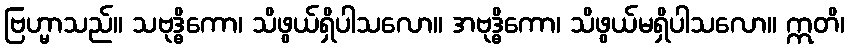
ဗြဟ္မာသည်။ သဗုဒ္ဓိကော၊ သိဖွယ်ရှိပါသလော။ အဗုဒ္ဓိကော၊ သိဖွယ်မရှိပါသလော။ ဣတိ၊